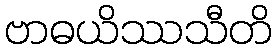
ဗာဓယိဿသီတိ